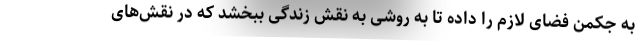
به جکمن فضای لازم را داده تا به روشی به نقش زندگی ببخشد که در نقش‌های